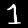
Digit: 1